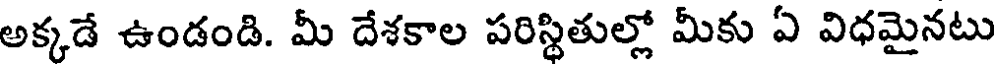
అక్కడే ఉండండి. మీ దేశకాల పరిస్థితుల్లో మీకు ఏ విధమైనటు